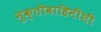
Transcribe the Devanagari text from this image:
मुक्तीबाहिनीशी